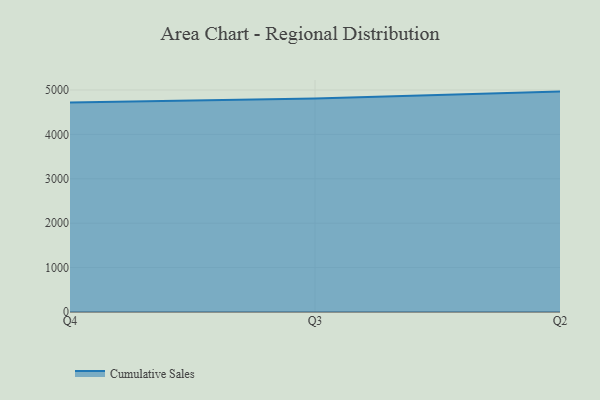
{"axis": {"x": "Quarter", "y": "Tickets Resolved"}, "legend": ["Cumulative Sales"], "data": [{"x": "Q4", "y": 4720.5, "type": "Cumulative Sales"}, {"x": "Q3", "y": 4810.0, "type": "Cumulative Sales"}, {"x": "Q2", "y": 4963.3, "type": "Cumulative Sales"}]}